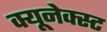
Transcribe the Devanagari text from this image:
क्यूनेक्स्ट